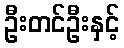
ဦးတင်ဦးနှင့်